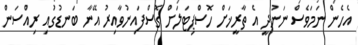
އެހެން ނަމަވެސް ނަނުދީ އެ ތާރީޚަށް ހޮސްޕިޓަލަށް ގޮސްފައިނުވާއިރު އޭނާ ބަނޑުގުައި ރިއްސަން